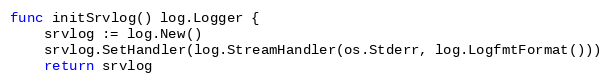
Language: Go
func initSrvlog() log.Logger {
	srvlog := log.New()
	srvlog.SetHandler(log.StreamHandler(os.Stderr, log.LogfmtFormat()))
	return srvlog